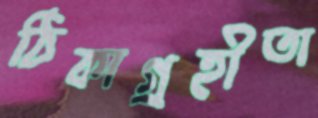
ঠিকাগ্রহীতা